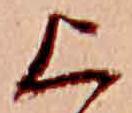
上